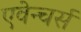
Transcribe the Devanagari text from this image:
एवेन्चर्स